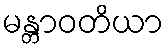
မန္တာဝတိယာ